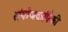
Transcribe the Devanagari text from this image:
संयोजकांपैकी